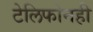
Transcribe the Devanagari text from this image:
टेलिफोनही